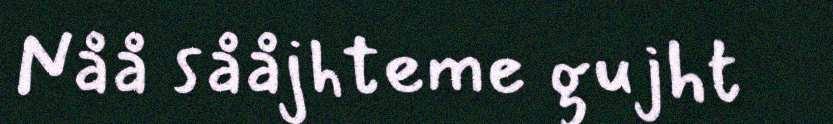
Nåå sååjhteme gujht